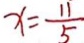
x = \frac { 1 1 } { 5 }